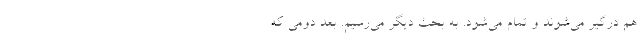
هم درگیر می‌شوند و تمام می‌شود. به بحث دیگر می‌رسیم. بعد دومی که